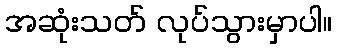
အဆုံးသတ် လုပ်သွားမှာပါ။